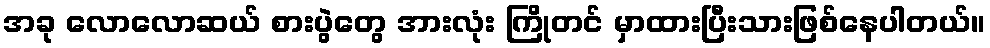
အခု လောလောဆယ် စားပွဲတွေ အားလုံး ကြိုတင် မှာထားပြီးသားဖြစ်နေပါတယ်။